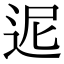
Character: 迡